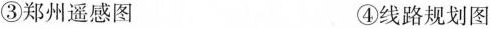
③郑州遥感图 ④线路规划图